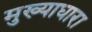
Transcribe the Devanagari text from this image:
मुख्याधारा